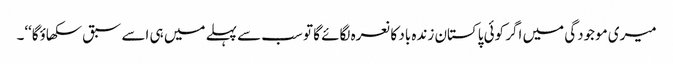
میری موجودگی میں اگر کوئی پاکستان زندہ باد کا نعرہ لگائے گا تو سب سے پہلے میں ہی اسے سبق سکھاؤگا‘‘۔